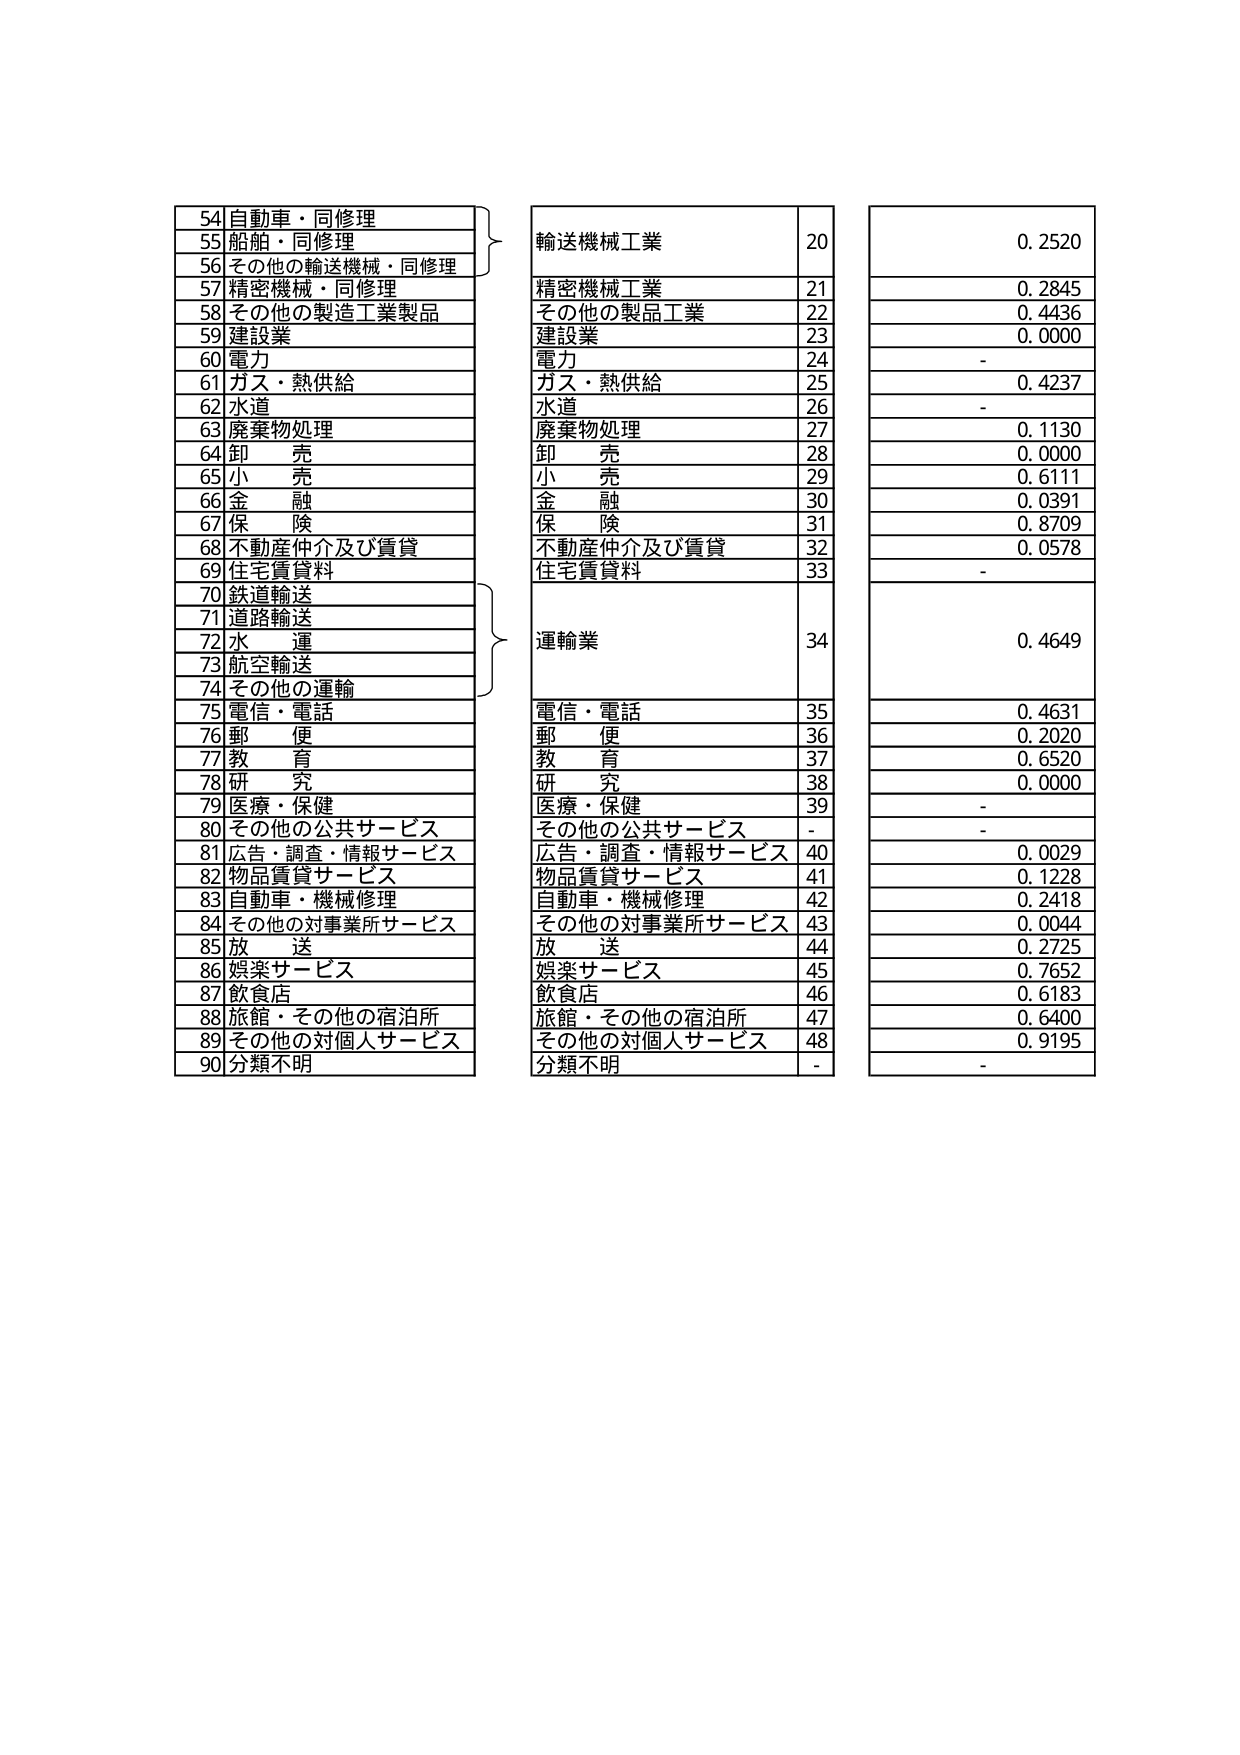
54 自動車・同修理
55 船舶・同修理
56 その他の輸送機械・同修理
57 精密機械・同修理
58 その他の製造工業製品
59 建設業
60 電力
61 ガス・熱供給
62 水道
63 廃棄物処理
64 卸 売
65 小 売
66 金 融
67 保 険
68 不動産仲介及び賃貸
69 住宅賃貸料
70 鉄道輸送
71 道路輸送
72 水 運
73 航空輸送
74 その他の運輸
75 電信・電話
76 郵 便
77 教 育
78 研 究
79 医療・保健
80 その他の公共サービス
81 広告・調査・情報サービス
82 物品賃貸サービス
83 自動車・機械修理
84 その他の対事業所サービス
85 放 送
86 娯楽サービス
87 飲食店
88 旅館・その他の宿泊所
89 その他の対個人サービス
90 分類不明

輸送機械工業 20 0.2520
精密機械工業 21 0.2845
その他の製品工業 22 0.4436
建設業 23 0.0000
電力 24 -
ガス・熱供給 25 0.4237
水道 26 -
廃棄物処理 27 0.1130
卸 売 28 0.0000
小 売 29 0.6111
金 融 30 0.0391
保 険 31 0.8709
不動産仲介及び賃貸 32 0.0578
住宅賃貸料 33 -
運輸業 34 0.4649
電信・電話 35 0.4631
郵 便 36 0.2020
教 育 37 0.6520
研 究 38 0.0000
医療・保健 39 -
その他の公共サービス - -
広告・調査・情報サービス 40 0.0029
物品賃貸サービス 41 0.1228
自動車・機械修理 42 0.2418
その他の対事業所サービス 43 0.0044
放 送 44 0.2725
娯楽サービス 45 0.7652
飲食店 46 0.6183
旅館・その他の宿泊所 47 0.6400
その他の対個人サービス 48 0.9195
分類不明 - -